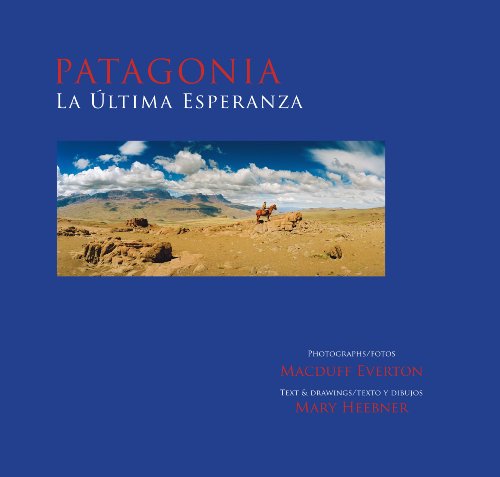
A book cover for Patagonia, La ÃEltima Esperanza; Mary Heebner; Travel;